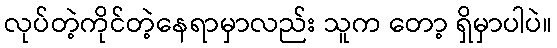
လုပ်တဲ့ကိုင်တဲ့နေရာမှာလည်း သူက တော့ ရှိမှာပါပဲ။